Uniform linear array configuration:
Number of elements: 12
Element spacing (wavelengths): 0.75
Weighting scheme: kaiser
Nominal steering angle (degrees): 60
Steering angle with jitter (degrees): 60.851
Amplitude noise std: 0.05
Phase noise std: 0.05

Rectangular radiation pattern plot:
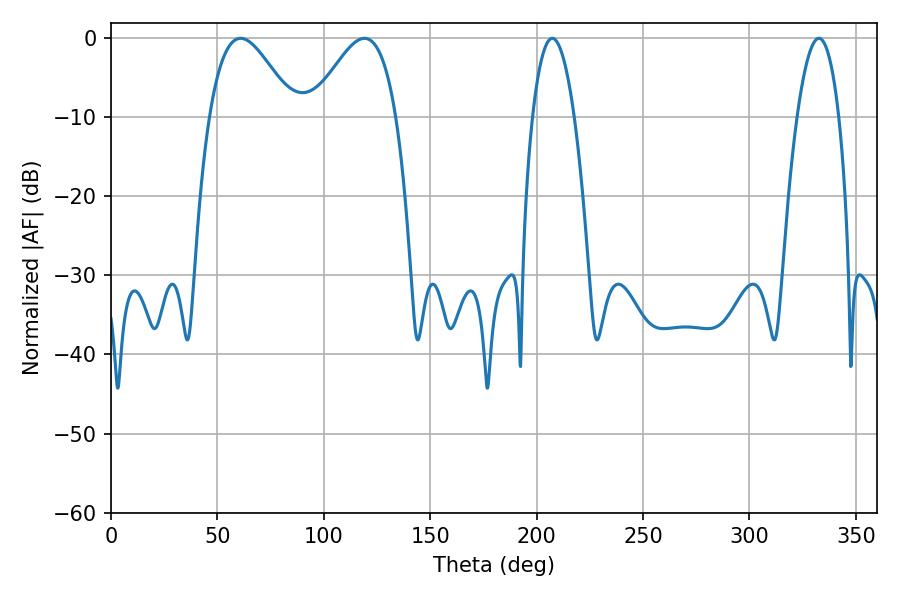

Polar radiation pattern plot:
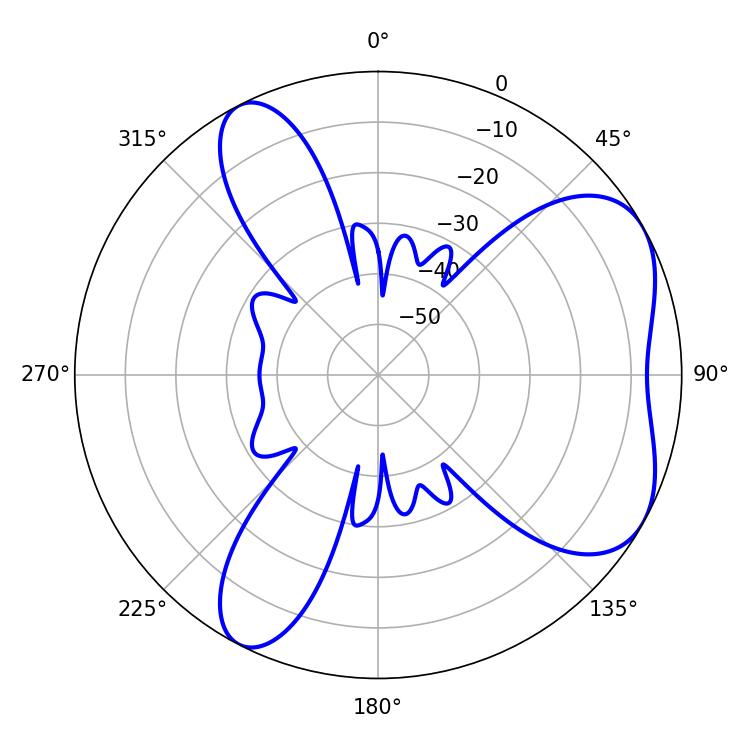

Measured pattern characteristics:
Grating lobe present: TRUE
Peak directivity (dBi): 5.549
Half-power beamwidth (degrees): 10.8
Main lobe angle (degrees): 207.36